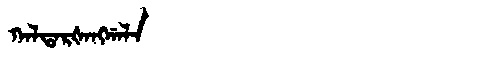
Manchu: ᡴᠠᠯᡨᠠᡵᡧᠠᠩᡤᠠᠯᠠ
Romanization: KALTARŠANGGALA